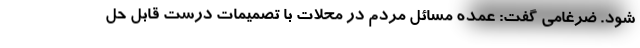
شود. ضرغامی گفت: عمده مسائل مردم در محلات با تصمیمات درست قابل حل